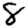
Digit: 8